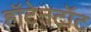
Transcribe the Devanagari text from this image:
हॉटेनटॉट